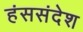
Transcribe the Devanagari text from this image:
हंससंदेश